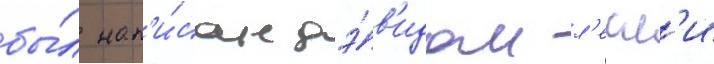
бы́л нап'и́сан дэ́в'идом л'есл'и